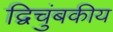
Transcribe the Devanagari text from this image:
द्विचुंबकीय